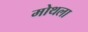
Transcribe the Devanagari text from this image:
मोथला